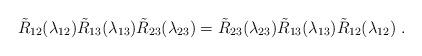
LaTeX: \begin{align*}\tilde{R}_{12}(\lambda_{12})\tilde{R}_{13}(\lambda _{13})\tilde{R}_{23}(\lambda_{23})=\tilde{R}_{23}(\lambda_{23})\tilde{R}_{13}(\lambda _{13})\tilde{R}_{12}(\lambda_{12})\ .\end{align*}